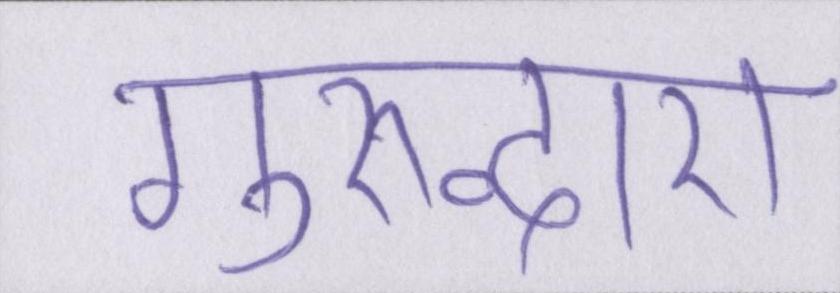
गुरुद्वारा